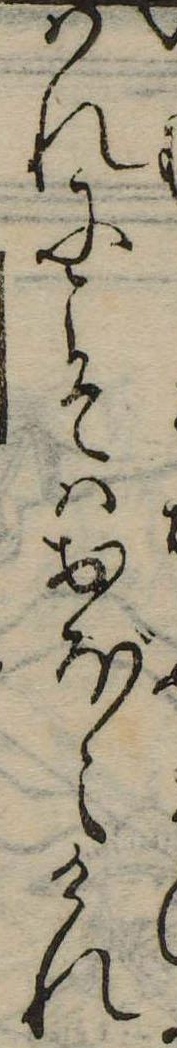
はれにこそはおぼえけれ